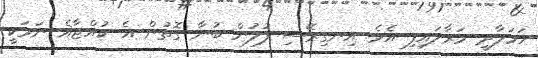
ހަމަލާދީ މަރާލައިފި އެވެ. އިނގިރޭސި ފުލުން ބުނާ ގޮތުން އެ ކުއްޖާޣެ ނަމަކީ